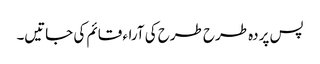
پس پردہ طرح طرح کی آراء قائم کی جاتیں۔